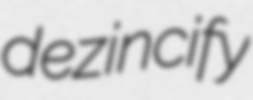
dezincify